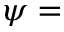
\psi =